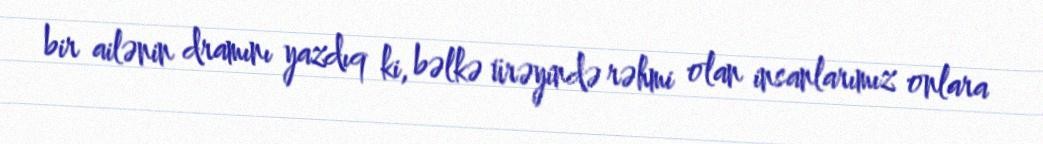
bir ailənin dramını yazdıq ki, bəlkə ürəyində rəhmi olan insanlarımız onlara